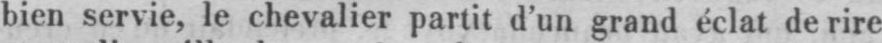
bien servie, le chevalier partit d’un grand éclat de rire